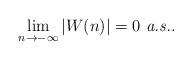
LaTeX: \begin{align*}\lim_{n \to -\infty}|W(n)| = 0 \mbox{ {\em a.s.}}.\end{align*}